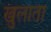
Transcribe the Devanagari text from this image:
खुलाता